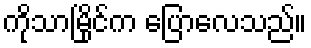
ကိုသာမြိုင်က ပြောလေသည်။